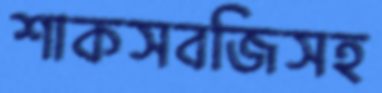
শাকসবজিসহ